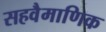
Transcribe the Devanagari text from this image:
सहवैमाणिक